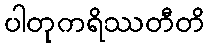
ပါတုကရိဿတီတိ